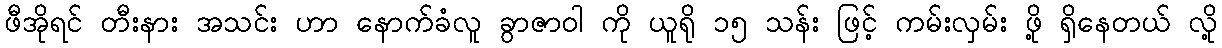
ဖီအိုရင် တီးနား အသင်း ဟာ နောက်ခံလူ ခွာဇာဝါ ကို ယူရို ၁၅ သန်း ဖြင့် ကမ်းလှမ်း ဖို့ ရှိနေတယ် လို့